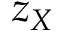
z _ { X }